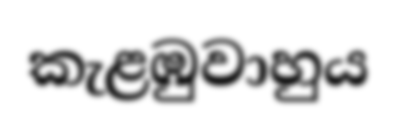
කැළඹුවාහුය